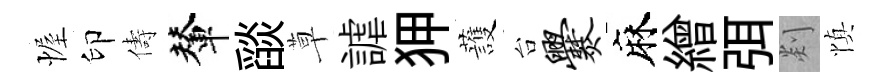
幄印儔輦𦦨草謔狎䕶台爨麻繒弭剡慎